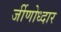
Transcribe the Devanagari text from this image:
र्जीणोध्दार